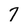
Character: 7